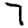
Digit: 7